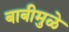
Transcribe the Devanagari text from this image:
बाबीमुळे